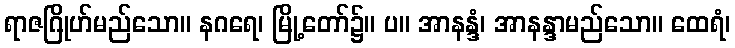
ရာဇဂြိုဟ်မည်သော။ နဂရေ၊ မြို့တော်၌။ ပ။ အာနန္ဒံ၊ အာနန္ဒာမည်သော။ ထေရံ၊